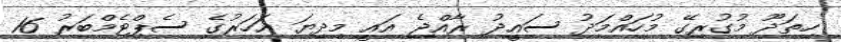
ހިތަދޫ މުގުރިގޭ މުހައްމަދު ސައީދު ރާއްޖެ އައީ މިދިޔަ އަހަރުގެ ސެޕްޓެމްބަރު 16